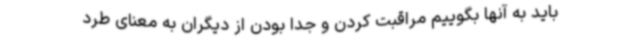
باید به آنها بگوییم مراقبت کردن و جدا بودن از دیگران به معنای طرد